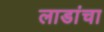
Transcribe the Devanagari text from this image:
लाडांचा